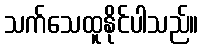
သက်သေထူနိုင်ပါသည်။